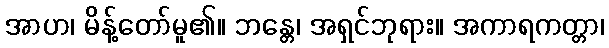
အာဟ၊ မိန့်တော်မူ၏။ ဘန္တေ၊ အရှင်ဘုရား။ အကာရကတ္တာ၊